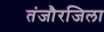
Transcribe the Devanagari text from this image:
तंजौरजिला